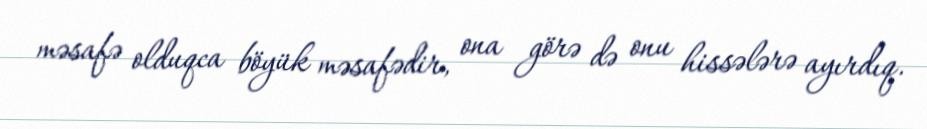
məsafə olduqca böyük məsafədir, ona görə də onu hissələrə ayırdıq.